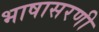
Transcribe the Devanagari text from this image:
भाषासरणी